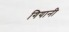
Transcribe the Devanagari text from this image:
गियानी